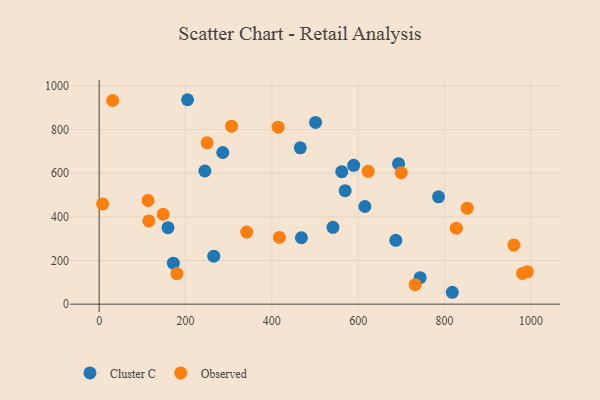
{"axis": {"x": "Price", "y": "Rating"}, "legend": ["Cluster C", "Observed"], "data": [{"x": "687.1", "y": 292.6, "type": "Cluster C"}, {"x": "817.9", "y": 54.4, "type": "Cluster C"}, {"x": "743.5", "y": 121.3, "type": "Cluster C"}, {"x": "561.9", "y": 607.3, "type": "Cluster C"}, {"x": "589.5", "y": 636.2, "type": "Cluster C"}, {"x": "465.8", "y": 716.4, "type": "Cluster C"}, {"x": "244.8", "y": 610.1, "type": "Cluster C"}, {"x": "171.8", "y": 187.8, "type": "Cluster C"}, {"x": "569.7", "y": 520.1, "type": "Cluster C"}, {"x": "286.3", "y": 695.0, "type": "Cluster C"}, {"x": "204.7", "y": 936.8, "type": "Cluster C"}, {"x": "615.4", "y": 447.5, "type": "Cluster C"}, {"x": "159.3", "y": 350.5, "type": "Cluster C"}, {"x": "693.4", "y": 643.8, "type": "Cluster C"}, {"x": "265.4", "y": 219.9, "type": "Cluster C"}, {"x": "541.5", "y": 352.0, "type": "Cluster C"}, {"x": "501.2", "y": 832.9, "type": "Cluster C"}, {"x": "468.4", "y": 304.3, "type": "Cluster C"}, {"x": "786.0", "y": 491.7, "type": "Cluster C"}, {"x": "148.2", "y": 412.0, "type": "Observed"}, {"x": "8.0", "y": 459.5, "type": "Observed"}, {"x": "827.2", "y": 348.1, "type": "Observed"}, {"x": "341.7", "y": 330.3, "type": "Observed"}, {"x": "306.7", "y": 815.7, "type": "Observed"}, {"x": "991.8", "y": 148.2, "type": "Observed"}, {"x": "623.0", "y": 608.7, "type": "Observed"}, {"x": "960.5", "y": 270.9, "type": "Observed"}, {"x": "113.1", "y": 475.1, "type": "Observed"}, {"x": "31.2", "y": 933.2, "type": "Observed"}, {"x": "417.3", "y": 305.8, "type": "Observed"}, {"x": "852.4", "y": 439.9, "type": "Observed"}, {"x": "250.0", "y": 739.3, "type": "Observed"}, {"x": "731.9", "y": 89.0, "type": "Observed"}, {"x": "180.1", "y": 139.9, "type": "Observed"}, {"x": "115.0", "y": 381.4, "type": "Observed"}, {"x": "980.7", "y": 140.6, "type": "Observed"}, {"x": "414.6", "y": 811.1, "type": "Observed"}, {"x": "699.6", "y": 602.5, "type": "Observed"}]}